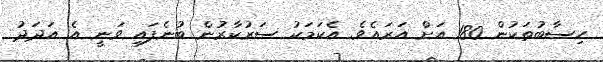
ހިސާބުތަކުން 180 އަށް އަރައެވެ. އެކަމަކު ސަރުކާރުން ބުނެފައި ވަނީ އެ އަދަދު